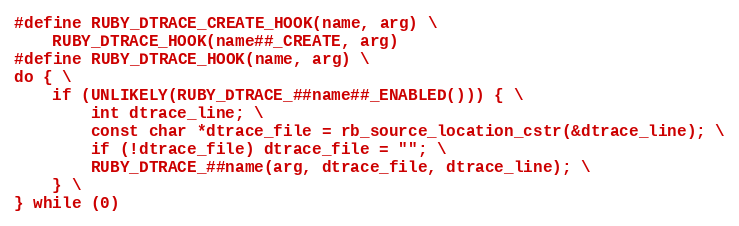
Language: C
#define RUBY_DTRACE_CREATE_HOOK(name, arg) \
    RUBY_DTRACE_HOOK(name##_CREATE, arg)
#define RUBY_DTRACE_HOOK(name, arg) \
do { \
    if (UNLIKELY(RUBY_DTRACE_##name##_ENABLED())) { \
        int dtrace_line; \
        const char *dtrace_file = rb_source_location_cstr(&dtrace_line); \
        if (!dtrace_file) dtrace_file = ""; \
        RUBY_DTRACE_##name(arg, dtrace_file, dtrace_line); \
    } \
} while (0)